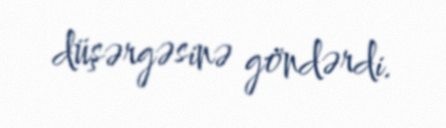
düşərgəsinə göndərdi.